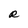
Character: R